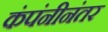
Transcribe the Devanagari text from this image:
कंपंनीनंतर